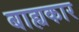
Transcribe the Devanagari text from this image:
बाह्यकार